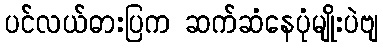
ပင်လယ်ဓားပြက ဆက်ဆံနေပုံမျိုးပဲဗျ